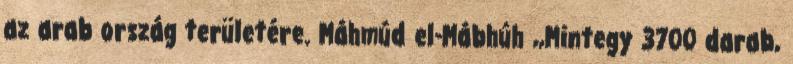
az arab ország területére. Máhmúd el-Mábhúh ,,Mintegy 3700 darab,